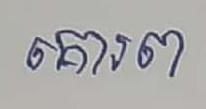
គោរព